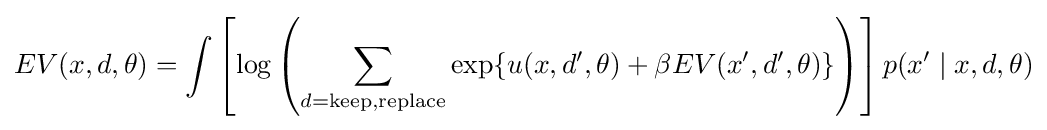
EV(x,d,\theta )=\int \left[\log \left(\sum _{d={\text{keep}},{\text{replace}}}\exp\{u(x,d',\theta )+\beta EV(x',d',\theta )\}\right)\right]p(x'\mid x,d,\theta )